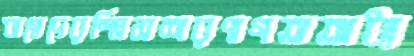
ঋগ্বেদেরস্প্লিসশরণাগতঅধ্য